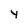
Character: y